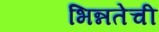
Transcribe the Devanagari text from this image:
भिन्नतेची